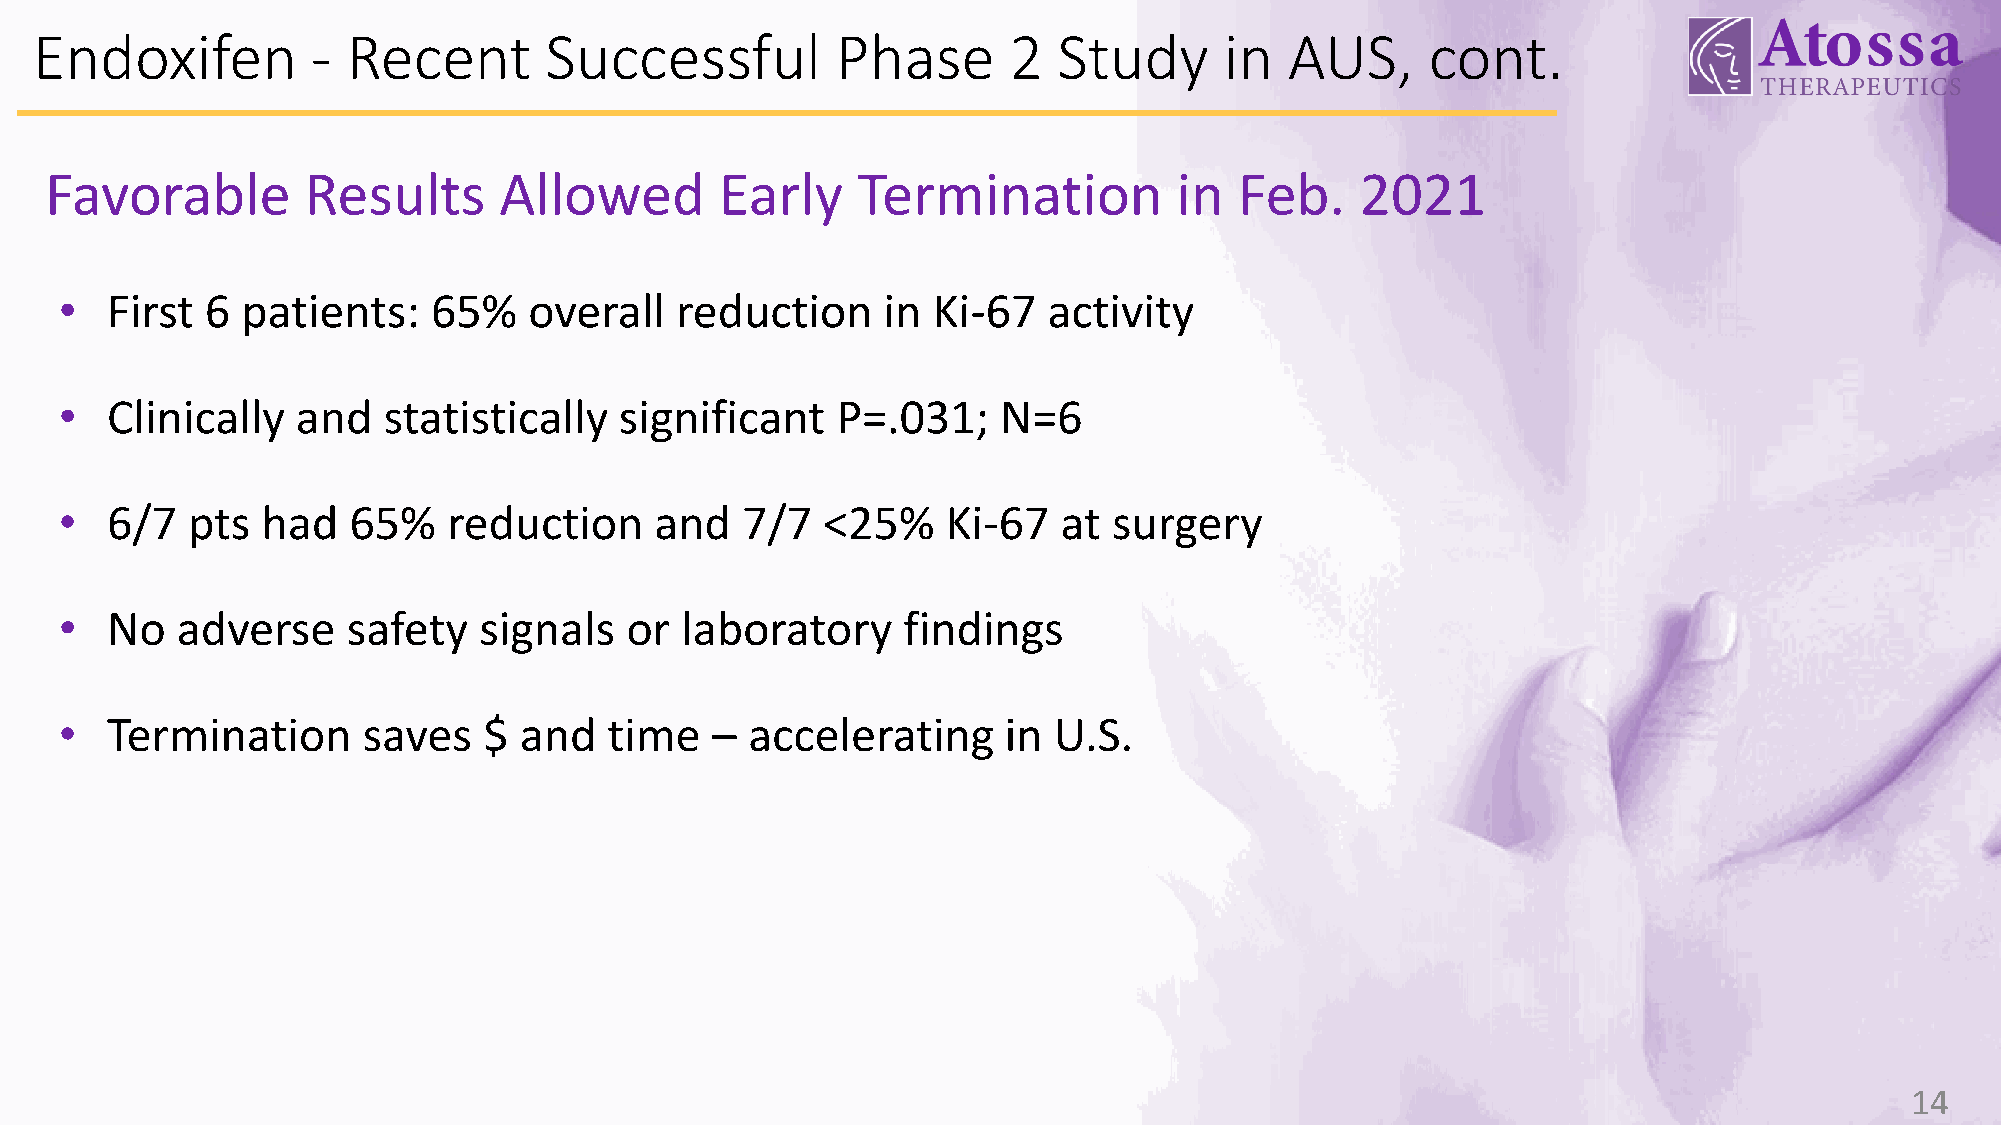
Endoxifen          - Recent       Successful         Phase       2  Study      in  AUS,      cont.
 Favorable        Results      Allowed        Early    Termination          in  Feb.    2021
 •  First  6 patients:    65%   overall   reduction    in  Ki-67  activity
 •  Clinically   and  statistically   significant   P=.031;    N=6
 •  6/7  pts  had   65%    reduction    and   7/7  <25%     Ki-67  at  surgery
 •  No   adverse    safety   signals  or  laboratory     findings
 •  Termination      saves   $ and   time   –  accelerating    in  U.S.
 14